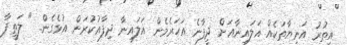
އިތުރު އަނިޔާތަކެއް އަލައިނާއަށް ދީފާނެ އަހަރެމެން އަލައިނާ ދިފާޢުކުރަން އުޅެގެން.. " ލަތީފާ